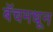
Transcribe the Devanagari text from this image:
बॅचमधून